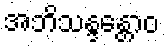
အဘိသန္ဒန္တောဝ